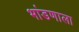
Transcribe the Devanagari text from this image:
भांडणाला